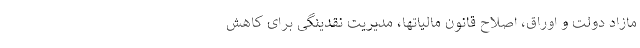
مازاد دولت و اوراق، اصلاح قانون مالیاتها، مدیریت نقدینگی برای کاهش